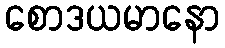
စောဒယမာနော